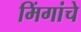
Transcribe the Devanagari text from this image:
मिंगांचे